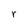
Character: r